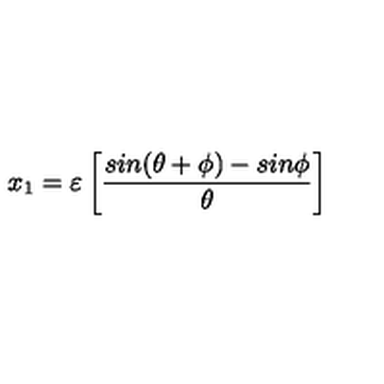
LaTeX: x _ { 1 } = { \varepsilon } \left[ \frac { s i n ( { \theta } + { \phi } ) - s i n { \phi } } { { \theta } } \right]